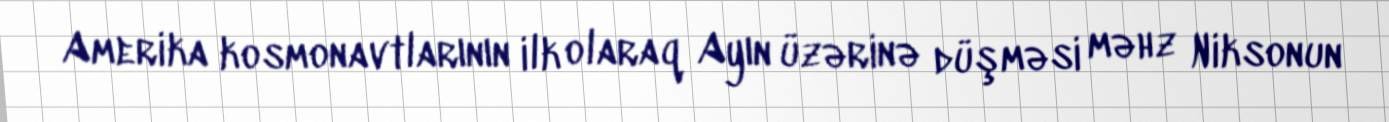
Amerika kosmonavtlarının ilk olaraq Ayın üzərinə düşməsi məhz Niksonun